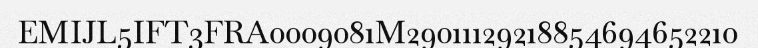
EMIJL5IFT3FRA0009081M29011129218854694652210